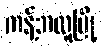
ကန့်ဘလူမြို့